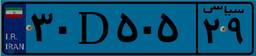
۹۱D۵۲۰۱۸